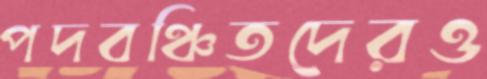
পদবঞ্চিতদেরও